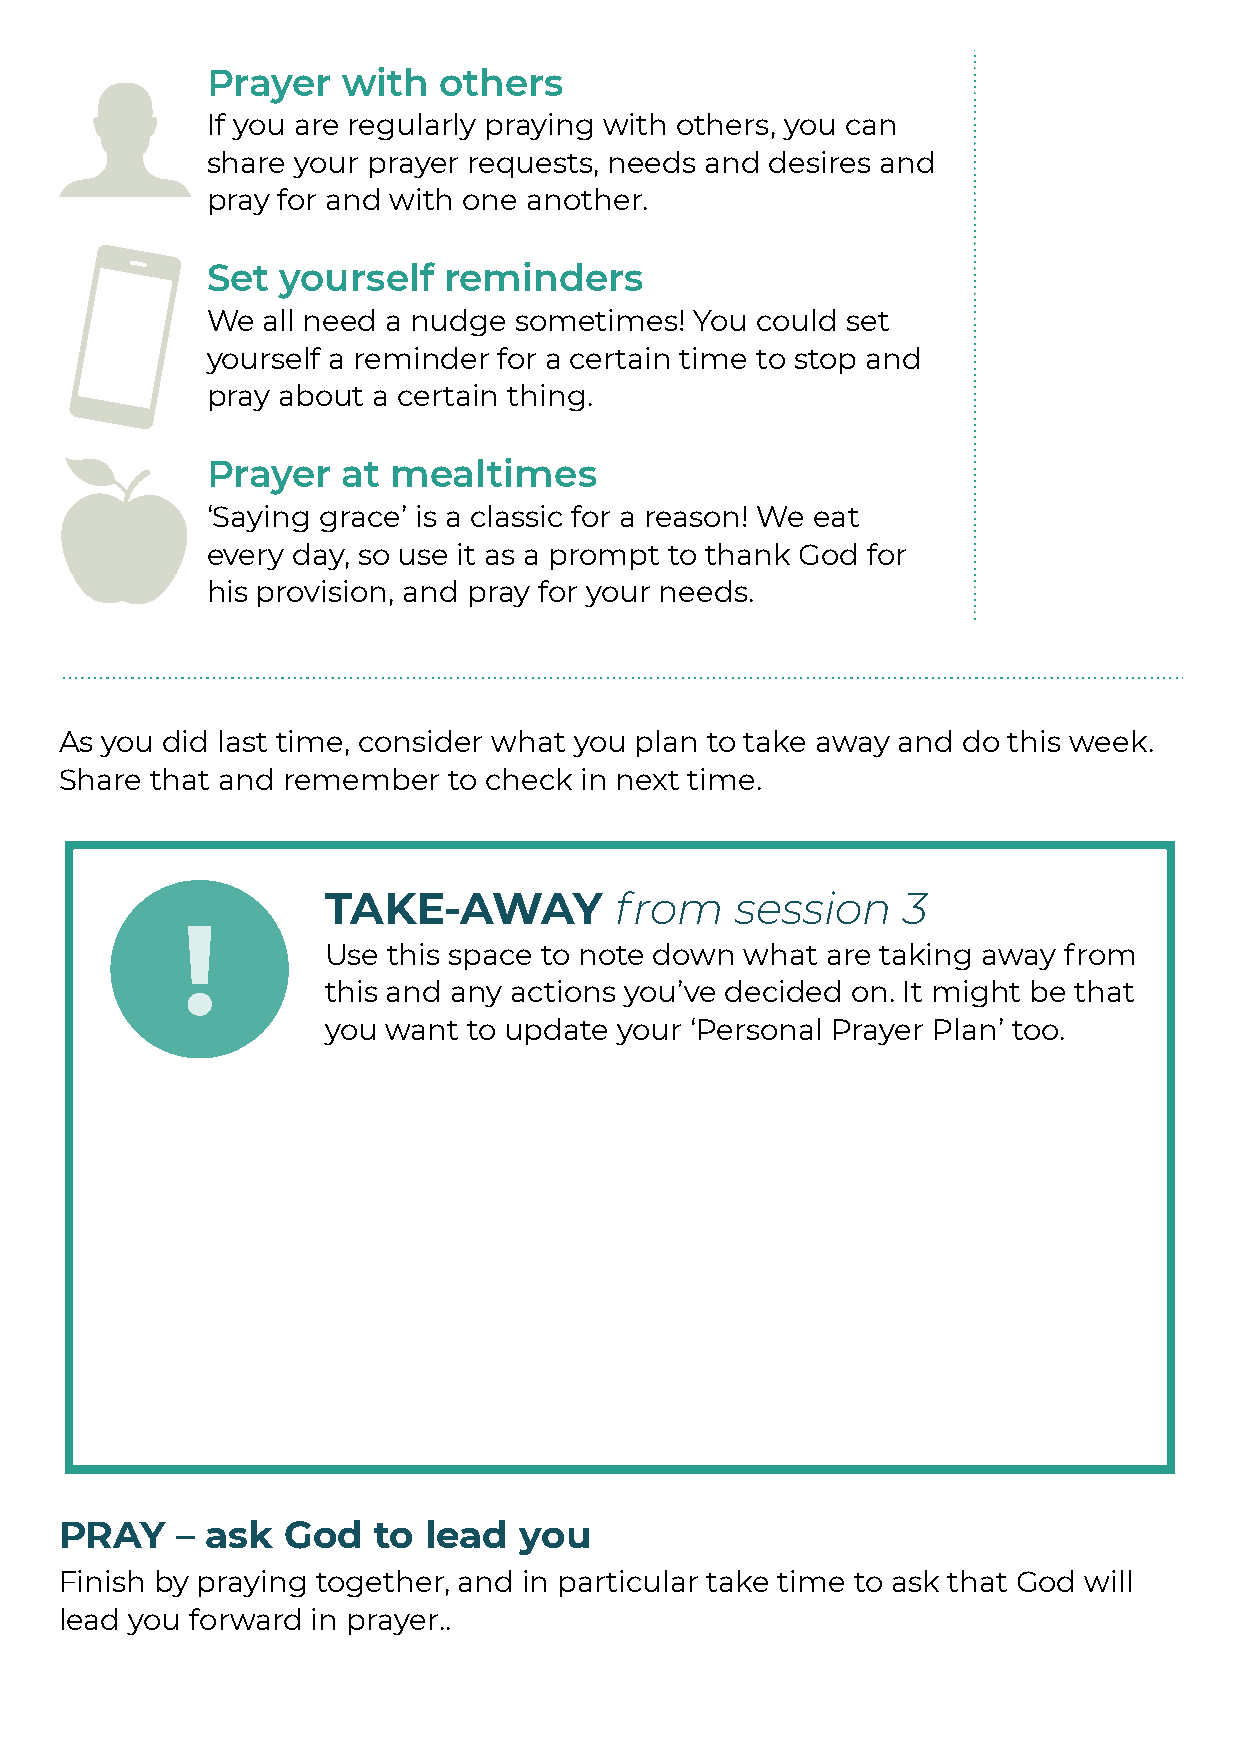
Prayer   with  others
 If you are regularly praying with others, you can
 share your prayer requests, needs and desires and
 pray for and with one another.
 Set  yourself  reminders
 We all need a nudge sometimes!  You could set
 yourself a reminder for a certain time to stop and
 pray about a certain thing.
 Prayer   at mealtimes
 ‘Saying grace’ is a classic for a reason! We eat
 every day, so use it as a prompt to thank God for
 his provision, and pray for your needs.
 As you did last time, consider what you plan to take away and do this week.
 Share that and remember   to check in next time.
 TAKE-AWAY          from    session    3
 !
 Use this space to note down what are taking away from
 this and any actions you’ve decided on. It might be that
 you want to update your ‘Personal Prayer Plan’ too.
 PRAY    – ask  God   to lead  you
 Finish by praying together, and in particular take time to ask that God will
 lead you forward in prayer..